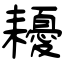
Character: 耰